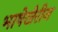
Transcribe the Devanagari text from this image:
भाषेखेरीज